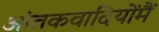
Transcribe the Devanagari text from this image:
आंतकवादियोंमैं